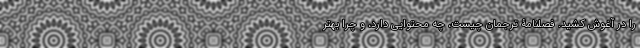
را در آغوش کشید. فصلنامۀ ترجمان چیست، چه محتوایی دارد، و چرا بهتر